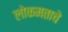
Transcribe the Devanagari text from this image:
लोकमताचे